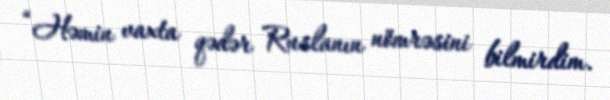
“Həmin vaxta qədər Ruslanın nömrəsini bilmirdim.